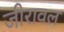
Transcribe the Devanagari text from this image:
जीरावल